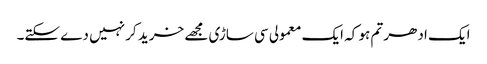
ایک ادھر تم ہو کہ ایک معمولی سی ساڑی مجھے خرید کر نہیں دے سکتے۔